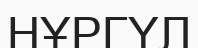
НҰРГҮЛ